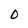
Character: 0